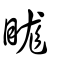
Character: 𥆙